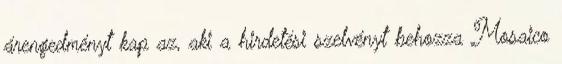
árengedményt kap az, aki a hirdetési szelvényt behozza Mosaico